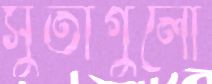
সুতাগুলো